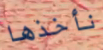
نأخذها